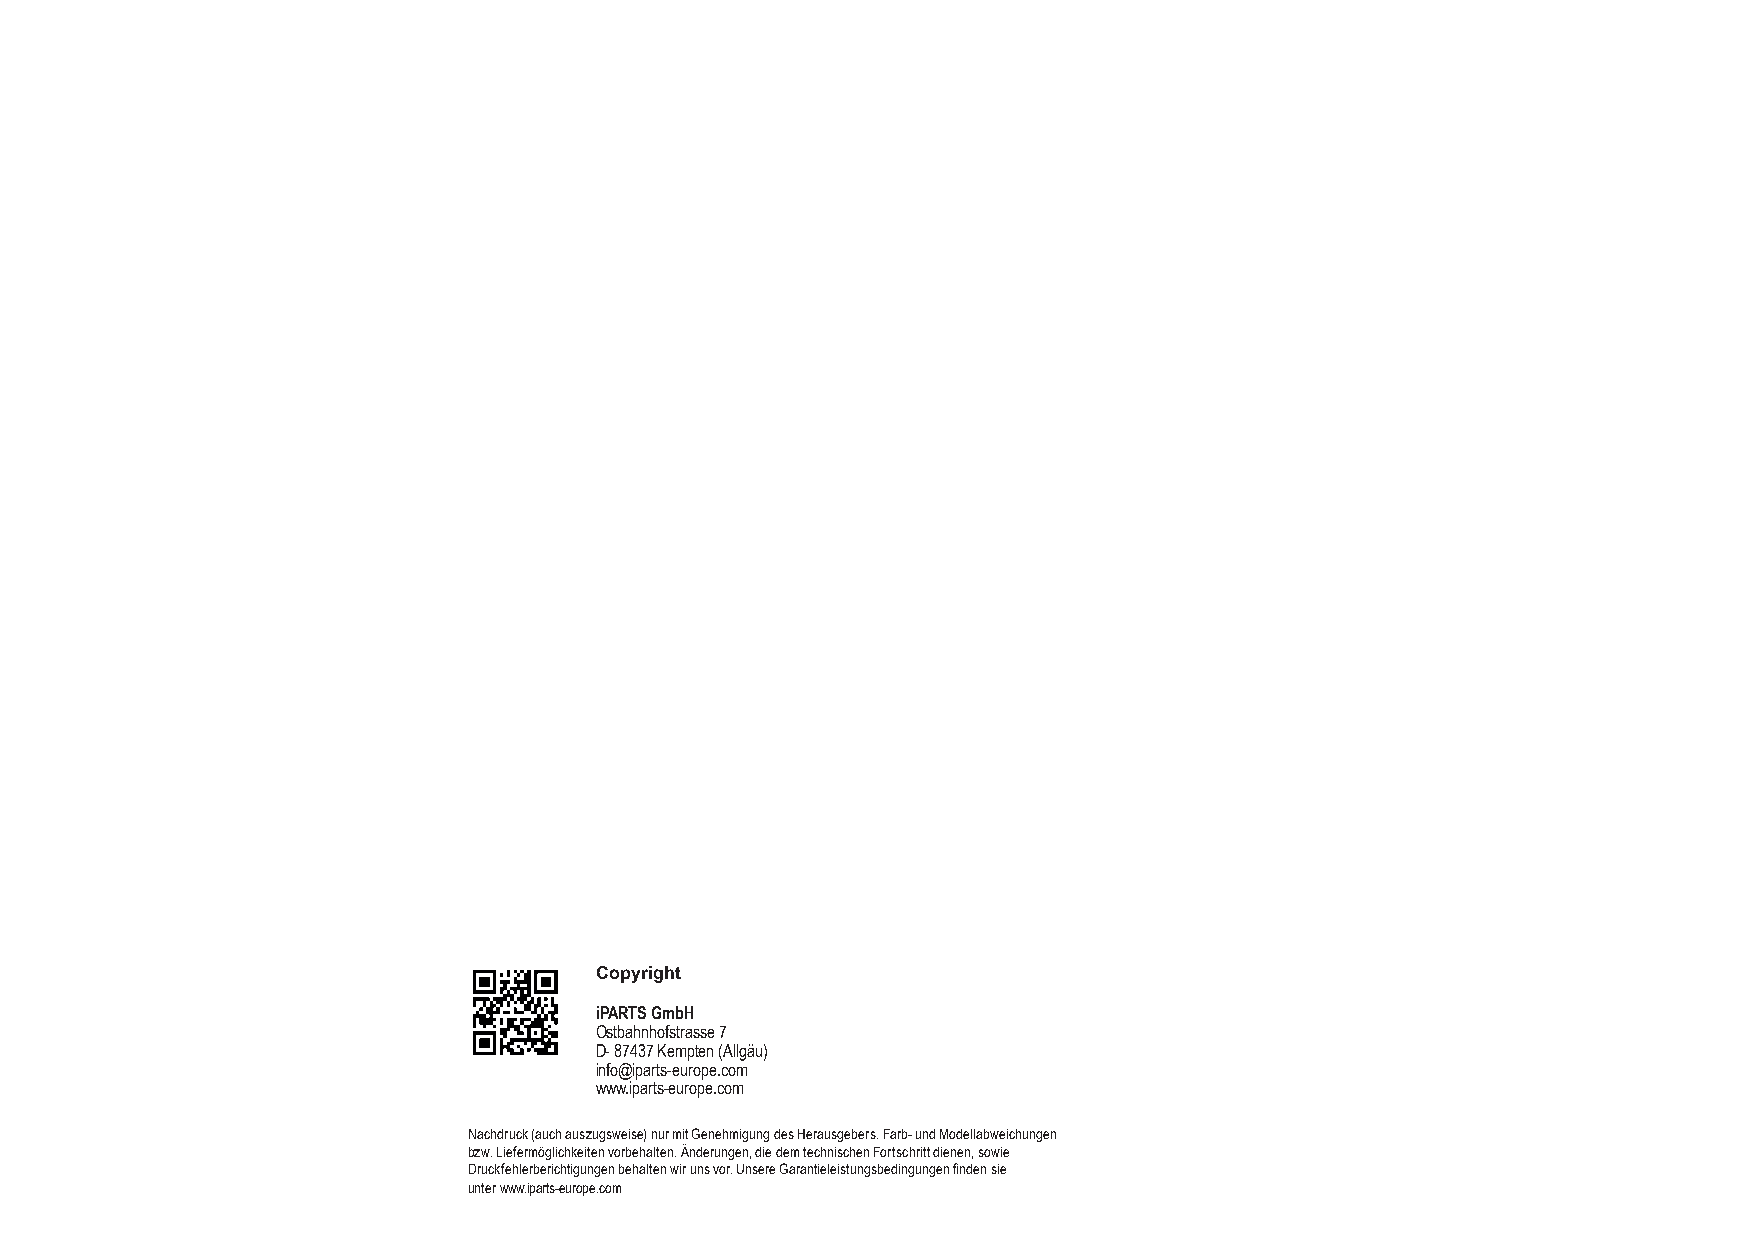
Copyright
 iPARTS GmbH
 Ostbahnhofstrasse 7
 D- 87437 Kempten (Allgäu)
 info@iparts-europe.com
 www.iparts-europe.com
 Nachdruck (auch auszugsweise) nur mit Genehmigung des Herausgebers. Farb- und Modellabweichungen
 bzw. Liefermöglichkeiten vorbehalten. Änderungen, die dem technischen Fortschritt dienen, sowie
 Druckfehlerberichtigungen behalten wir uns vor. Unsere Garantieleistungsbedingungen finden sie
 unter www.iparts-europe.com